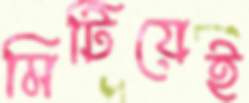
মিটিয়েই